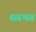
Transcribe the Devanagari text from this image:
सगभग